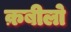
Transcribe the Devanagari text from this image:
क़बीलो